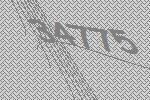
34775